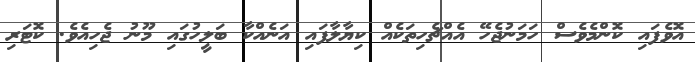
އޮވެފައި ކޮންމެވެސް ހަމަނުޖެހޭ އެއްޗެހިތަކެއް ކިޔާލާފައި އަނެއްކާ ބަލީހުގައި މޫނު ޖެހިއެވެ. ކޮޓަރި